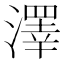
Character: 澤